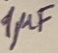
Text: 1µF